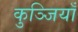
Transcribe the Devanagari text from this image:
कुञ्जियाँ